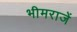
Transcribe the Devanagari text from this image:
भीमराजें